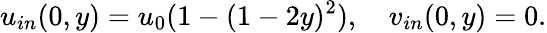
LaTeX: u_{in}(0,y)=u_{0}(1-(1-2y)^{2}),\quad v_{in}(0,y)=0.